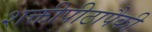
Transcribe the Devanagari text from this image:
शक्तीपीठापैकी